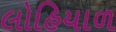
લોહિયાળ